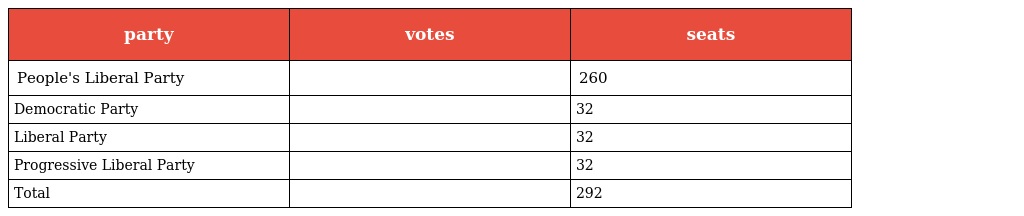
| party | votes | seats |
 | --- | --- | --- |
 | People's Liberal Party |  | 260 |
 | Democratic Party |  | 32 |
 | Liberal Party |  | 32 |
 | Progressive Liberal Party |  | 32 |
 | Total |  | 292 |